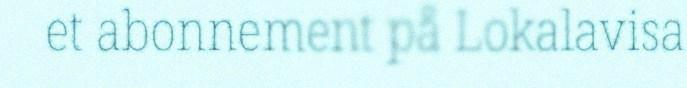
et abonnement på Lokalavisa